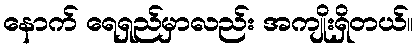
နောက် ရေရှည်မှာလည်း အကျိုးရှိတယ်။